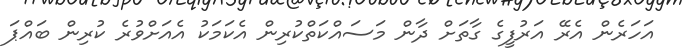
އަހަރެން އެރޭ އަރުފީގެ ގާތަށް ދާން މަސައްކަތްކުރިން އެކަމަކު އެއަށްވުރެ ކުރިން ބައްޕަ